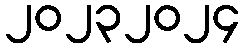
၂၀၂၃၂၀၂၄